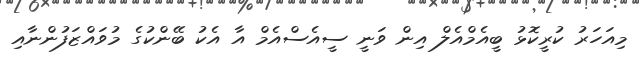
މިއަހަރު ކުރީކޮޅު ބީއެމްއެލް އިން ވަނީ ސީއެސްއެމް އާ އެކު ބޭންކުގެ މުވައްޒަފުންނާއި